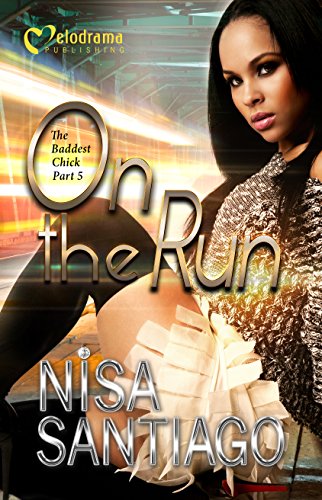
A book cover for On the Run - The Baddest Chick 5; Nisa Santiago; Literature & Fiction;